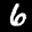
Label: 6